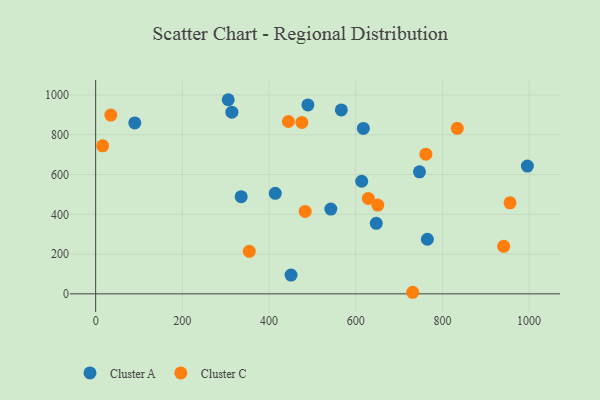
{"axis": {"x": "Ad Spend", "y": "Yield"}, "legend": ["Cluster A", "Cluster C"], "data": [{"x": "566.8", "y": 925.1, "type": "Cluster A"}, {"x": "765.3", "y": 274.5, "type": "Cluster A"}, {"x": "647.4", "y": 354.8, "type": "Cluster A"}, {"x": "305.9", "y": 976.4, "type": "Cluster A"}, {"x": "414.4", "y": 505.5, "type": "Cluster A"}, {"x": "542.6", "y": 426.5, "type": "Cluster A"}, {"x": "617.6", "y": 831.9, "type": "Cluster A"}, {"x": "747.1", "y": 613.9, "type": "Cluster A"}, {"x": "90.3", "y": 859.7, "type": "Cluster A"}, {"x": "450.8", "y": 94.1, "type": "Cluster A"}, {"x": "489.7", "y": 950.2, "type": "Cluster A"}, {"x": "314.3", "y": 913.7, "type": "Cluster A"}, {"x": "335.7", "y": 488.5, "type": "Cluster A"}, {"x": "613.8", "y": 566.4, "type": "Cluster A"}, {"x": "996.0", "y": 642.6, "type": "Cluster A"}, {"x": "16.1", "y": 744.7, "type": "Cluster C"}, {"x": "956.0", "y": 457.7, "type": "Cluster C"}, {"x": "475.7", "y": 862.1, "type": "Cluster C"}, {"x": "354.4", "y": 213.9, "type": "Cluster C"}, {"x": "731.4", "y": 7.8, "type": "Cluster C"}, {"x": "444.6", "y": 866.8, "type": "Cluster C"}, {"x": "629.0", "y": 479.7, "type": "Cluster C"}, {"x": "483.4", "y": 414.4, "type": "Cluster C"}, {"x": "834.3", "y": 832.7, "type": "Cluster C"}, {"x": "35.0", "y": 899.2, "type": "Cluster C"}, {"x": "761.8", "y": 702.6, "type": "Cluster C"}, {"x": "941.3", "y": 239.0, "type": "Cluster C"}, {"x": "650.9", "y": 446.7, "type": "Cluster C"}]}